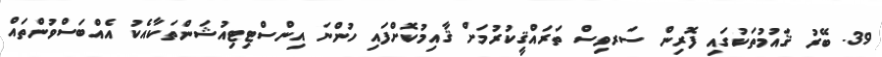
39. ބޭރު ޤައުމުތަކުގައި ފޮރިން ސަރވިސް ތަރައްޤީކުރުމަށް ޤާއިމުކޮށްފައި ހުންނަ އިންސްޓިޓިއުޝަންތަކާއެކު އެއްބަސްވުންތައް